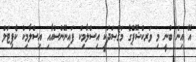
އޭ އިން ބުނީ މި ވަރކްޝޮޕްގެ މަޤުޞަދަކީ އިސްލާމިކް ފައިނޭންސްއާއި އިސްލާމިކް ކެޕިޓަލް